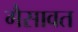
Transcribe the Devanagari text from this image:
गैसावत